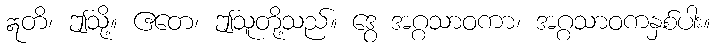
ဣတိ၊ ဤသို့။ ဧတေ၊ ဤသူတို့သည်။ ဒွေ အဂ္ဂသာဝကာ၊ အဂ္ဂသာဝကနှစ်ပါး။